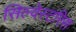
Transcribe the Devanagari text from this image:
सिल्वेस्टरिस